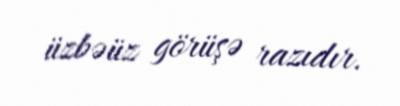
üzbəüz görüşə razıdır.